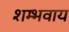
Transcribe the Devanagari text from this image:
शम्भवाय